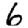
Digit: 6